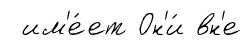
им'е́ет Он'и́ вн'е